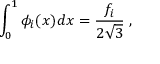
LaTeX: \int _ { 0 } ^ { 1 } \phi _ { i } ( x ) d x = \frac { f _ { i } } { 2 \sqrt { 3 } } \; ,